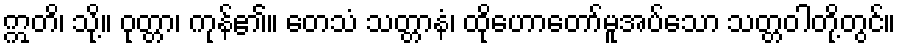
ဣတိ၊ သို့။ ဝုတ္တာ၊ ကုန်၏။ တေသံ သတ္တာနံ၊ ထိုဟောတော်မူအပ်သော သတ္တဝါတို့တွင်။